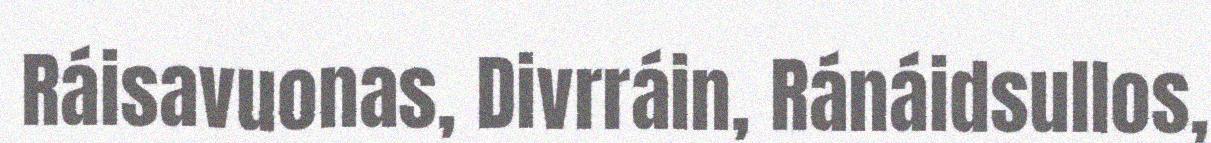
Ráisavuonas, Divrráin, Ránáidsullos,